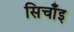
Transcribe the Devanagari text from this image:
सिचाँइ